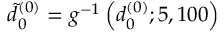
\tilde { d } _ { 0 } ^ { ( 0 ) } = g ^ { - 1 } \left( d _ { 0 } ^ { ( 0 ) } ; 5 , 1 0 0 \right)